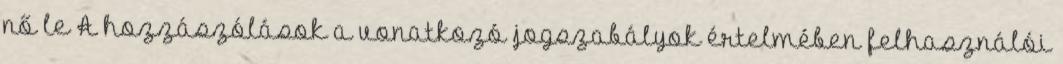
nő le A hozzászólások a vonatkozó jogszabályok értelmében felhasználói